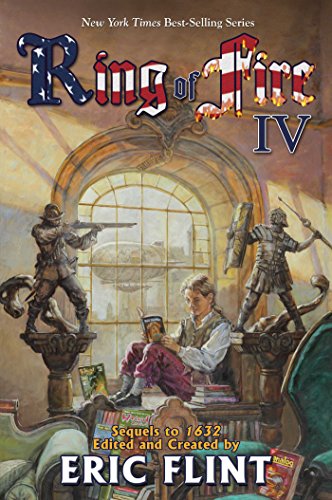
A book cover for Ring of Fire IV (The Ring of Fire); Science Fiction & Fantasy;